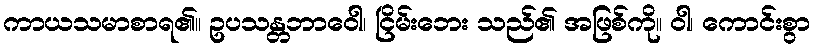
ကာယသမာစာရ၏။ ဥပသန္တဘာဝေါ၊ ငြိမ်းဘေး သည်၏ အဖြစ်ကို။ ဝါ၊ ကောင်းစွာ